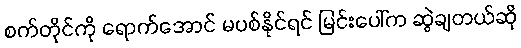
စက်တိုင်ကို ရောက်အောင် မပစ်နိုင်ရင် မြင်းပေါ်က ဆွဲချတယ်ဆို